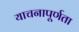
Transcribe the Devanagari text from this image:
याचनापूर्णता